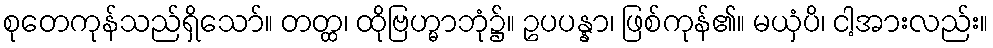
စုတေကုန်သည်ရှိသော်။ တတ္ထ၊ ထိုဗြဟ္မာဘုံ၌။ ဥပပန္နာ၊ ဖြစ်ကုန်၏။ မယှံပိ၊ ငါ့အားလည်း။